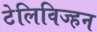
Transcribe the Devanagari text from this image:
टेलिविज्हन